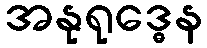
အနုရုဒ္ဓေန